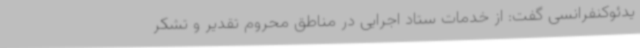
یدئوکنفرانسی گفت: از خدمات ستاد اجرایی در مناطق محروم تقدیر و تشکر